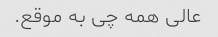
عالی همه چی به موقع.